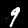
Digit: 9